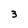
Character: 3